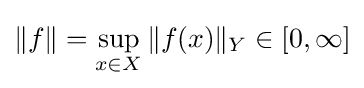
\|f\|=\sup _{x\in X}\|f(x)\|_{Y}\in [0,\infty ]